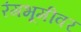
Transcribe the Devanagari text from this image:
रंंगभूमीवर